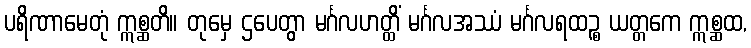
ပရိဏာမေတုံ ဣစ္ဆတိ။ တုမှေ ဌပေတွာ မင်္ဂလဟတ္ထိံ မင်္ဂလအဿံ မင်္ဂလရထဉ္စ ယတ္တကေ ဣစ္ဆထ,